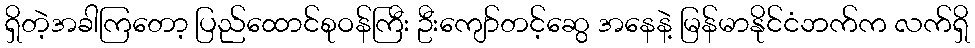
ရှိတဲ့အခါကြတော့ ပြည်ထောင်စုဝန်ကြီး ဦးကျော်တင့်ဆွေ အနေနဲ့ မြန်မာနိုင်ငံဘက်က လက်ရှိ